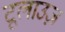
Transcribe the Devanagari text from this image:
टूलाउज़